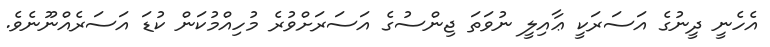
އެހެނީ ދީނުގެ އަސަރަކީ ޢާއިލީ ނުވަތަ ޖިންސުގެ އަސަރަށްވުރެ މުހިއްމުކަން ކުޑަ އަސަރެއްނޫނެވެ.